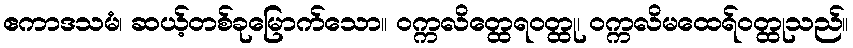
ဧကာဒသမံ၊ ဆယ့်တစ်ခုမြောက်သော။ ဝက္ကလိတ္ထေရဝတ္ထု၊ ဝက္ကလိမထေရ်ဝတ္ထုသည်။